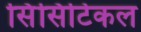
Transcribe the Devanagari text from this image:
सिंसिटिकल